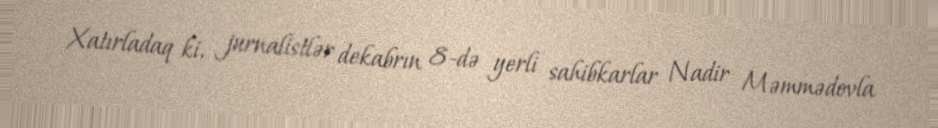
Xatırladaq ki, jurnalistlər dekabrın 8-də yerli sahibkarlar Nadir Məmmədovla